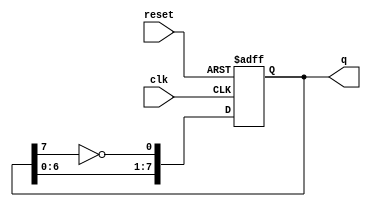
module pes_johnson_counter (reset,clk, q);
input reset, clk;
output reg [7:0] q;
always @(negedge reset or posedge clk)
begin
if(reset==0)
q <= 0;
else
q <= {{q[6:0]},{~q[7]}};
end
endmodule